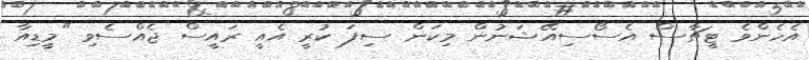
އެހެންވެ ޓީޗާސް އެސޯސިއޭޝަނުން މިކަން ސިފަ ކުރީ އެއީ ރައީސް ޖެއްސެވި "މީޑިއާ